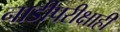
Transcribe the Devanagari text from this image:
नाडीपरीक्षाही